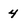
Character: 4